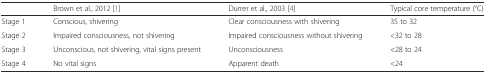
<table><thead><tr><td></td><td><b>Brown et al., 2012 [1]</b></td><td><b>Durrer et al., 2003 [4]</b></td><td><b>Typical core temperature (°C)</b></td></tr></thead><tbody><tr><td>Stage 1</td><td>Conscious, shivering</td><td>Clear consciousness with shivering</td><td>35 to 32</td></tr><tr><td>Stage 2</td><td>Impaired consciousness, not shivering</td><td>Impaired consciousness without shivering</td><td>&lt;32 to 28</td></tr><tr><td>Stage 3</td><td>Unconscious, not shivering, vital signs present</td><td>Unconsciousness</td><td>&lt;28 to 24</td></tr><tr><td>Stage 4</td><td>No vital signs</td><td>Apparent death</td><td>&lt;24</td></tr></tbody></table>